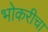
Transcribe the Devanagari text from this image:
भोकरीचा